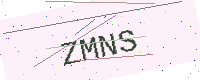
Text: ZMNS